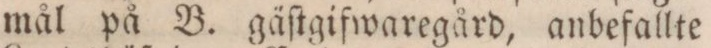
mål på B. gäſtgifwaregård, anbefallte